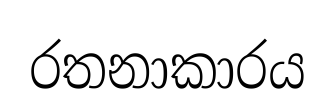
රතනාකාරය